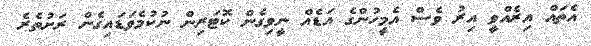
އެތައް އިރެއްވީ އިރު ވެސް އެމީހުންގެ އަޑެއް ނީވިގެން ކޮޓަރިން ނުކުމެވަޑައިގެން ރަށުތެރެ